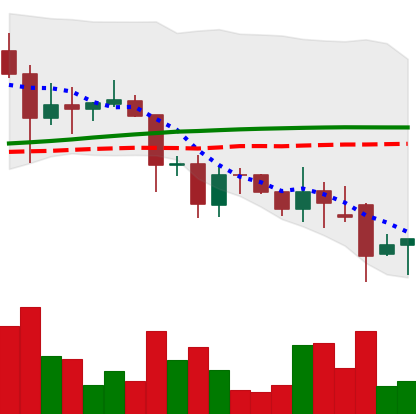
Ticker: DOGE-USD
Chart end date: 2021-11-28
Forward return: -3.605%
Label: down_3_5